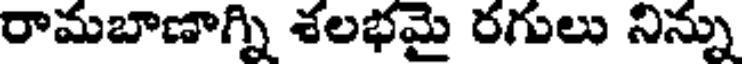
రామబాణాగ్ని శలభమై రగులు నిన్ను